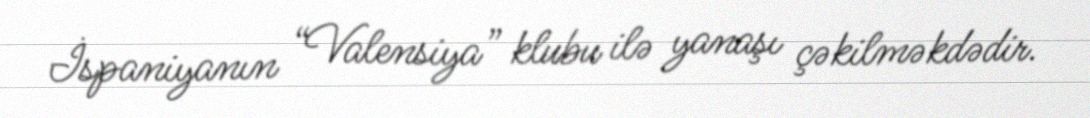
İspaniyanın “Valensiya” klubu ilə yanaşı çəkilməkdədir.